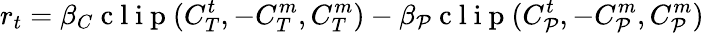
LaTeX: r_{t}=\beta_{C}\mathrm{~c~l~i~p~}(C_{T}^{t},-C_{T}^{m},C_{T}^{m})-\beta_{\mathcal{P}}\mathrm{~c~l~i~p~}(C_{\mathcal{P}}^{t},-C_{\mathcal{P}}^{m},C_{\mathcal{P}}^{m})